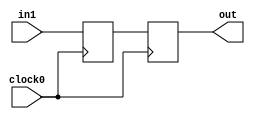
module reg2reg
      (
    input clock0,
    input  in1,
    output reg out
);

reg in_reg1,in_reg2;


always @(posedge clock0)
  begin
  	in_reg1 <= in1;	
  end 

always @(posedge clock0)
 begin
  out <= in_reg1;
 end

endmodule